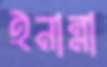
ইনান্না